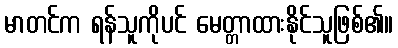
မာတင်က ရန်သူကိုပင် မေတ္တာထားနိုင်သူဖြစ်၏။